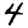
Digit: 4